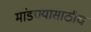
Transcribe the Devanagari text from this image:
मांडण्यासाठीच